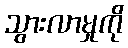
သွားလာမှုကို